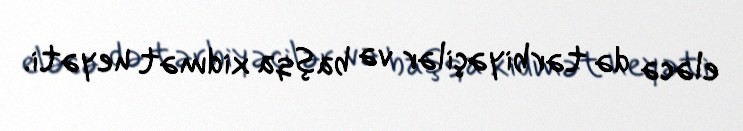
eləcə də tərbiyəçilər və başqa xidmət heyəti.